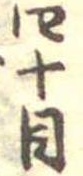
四十目